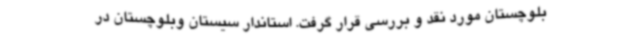
بلوچستان مورد نقد و بررسی قرار گرفت. استاندار سیستان وبلوچستان در